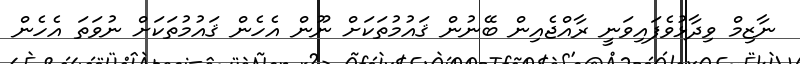
ނާޒިމް ވިދާޅުވެފައިވަނީ ރާއްޖެއިން ބޭނުން ޤައުމުތަކަށް ނޫން އެހެން ޤައުމުތަކަށް ނުވަތަ އެހެން